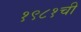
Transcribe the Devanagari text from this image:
१९८१ची